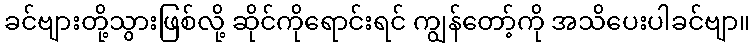
ခင်ဗျားတို့သွားဖြစ်လို့ ဆိုင်ကိုရောင်းရင် ကျွန်တော့်ကို အသိပေးပါခင်ဗျာ။